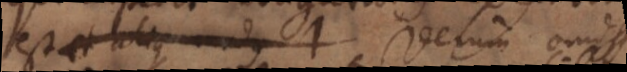
est et alius modus Verum omissi